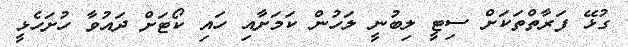
ގުޅޭ ފަރާތްތަކަށް ސިޓީ ލިބުނީ ލަހުން ކަމަށާއި ހައި ކޯޓަށް ދައުވާ ހުށަހެޅީ